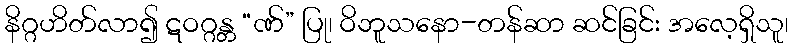
နိဂ္ဂဟိတ်လာ၍ ဋဝဂ္ဂန္တ “ဏ်” ပြု၊ ဝိဘူသနော-တန်ဆာ ဆင်ခြင်း အလေ့ရှိသူ၊